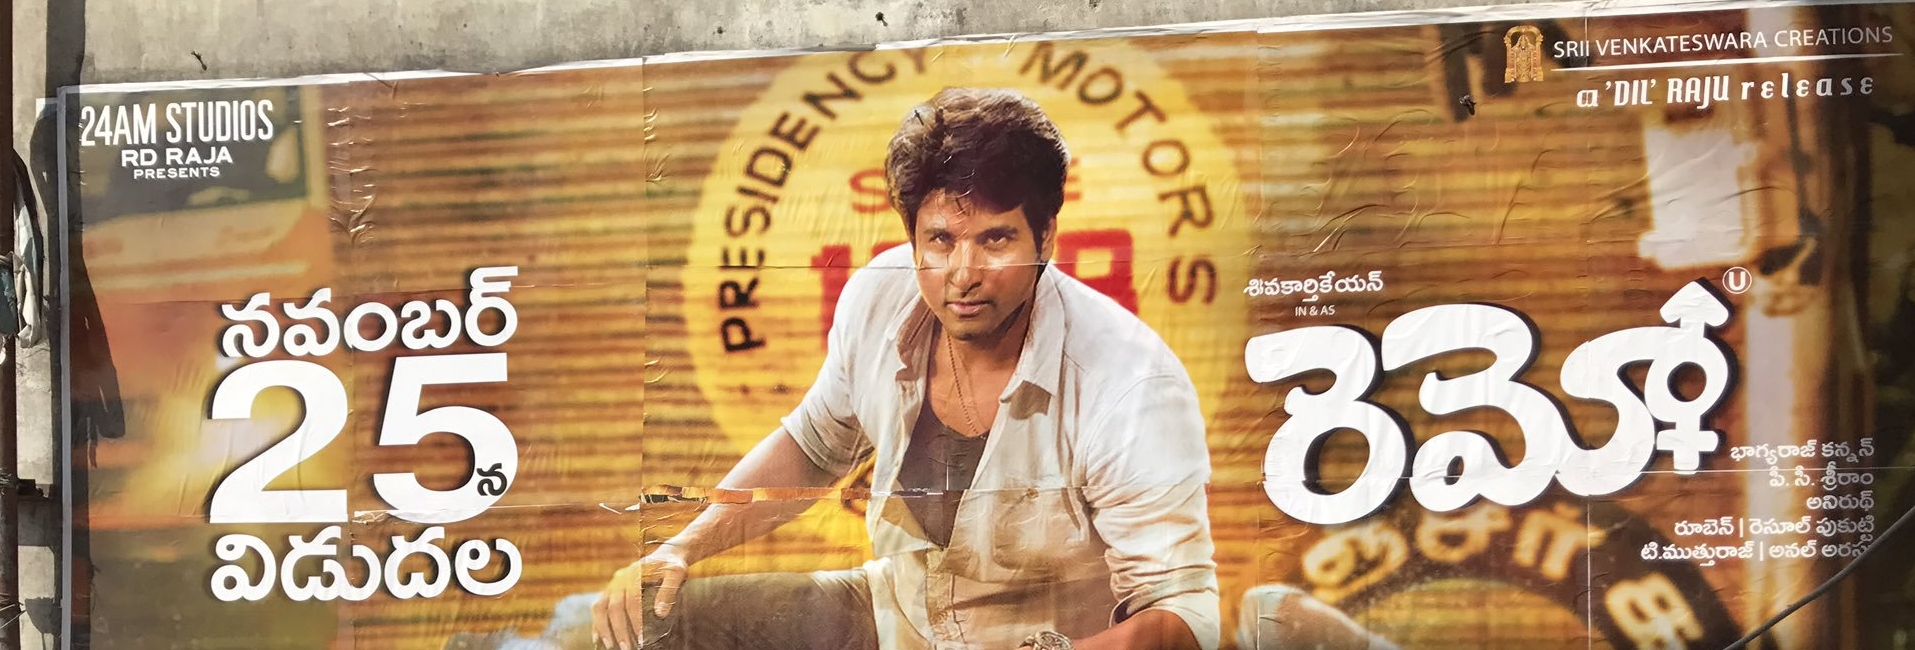
Language: telugu
Transcription: శివకార్తికేయన్ రెమో కన్నన్ అనిరుథ్ నవంబర్ భాగ్యరాజ్